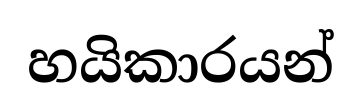
හයිකාරයන්